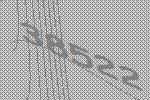
38522